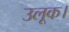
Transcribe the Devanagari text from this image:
उलूक।